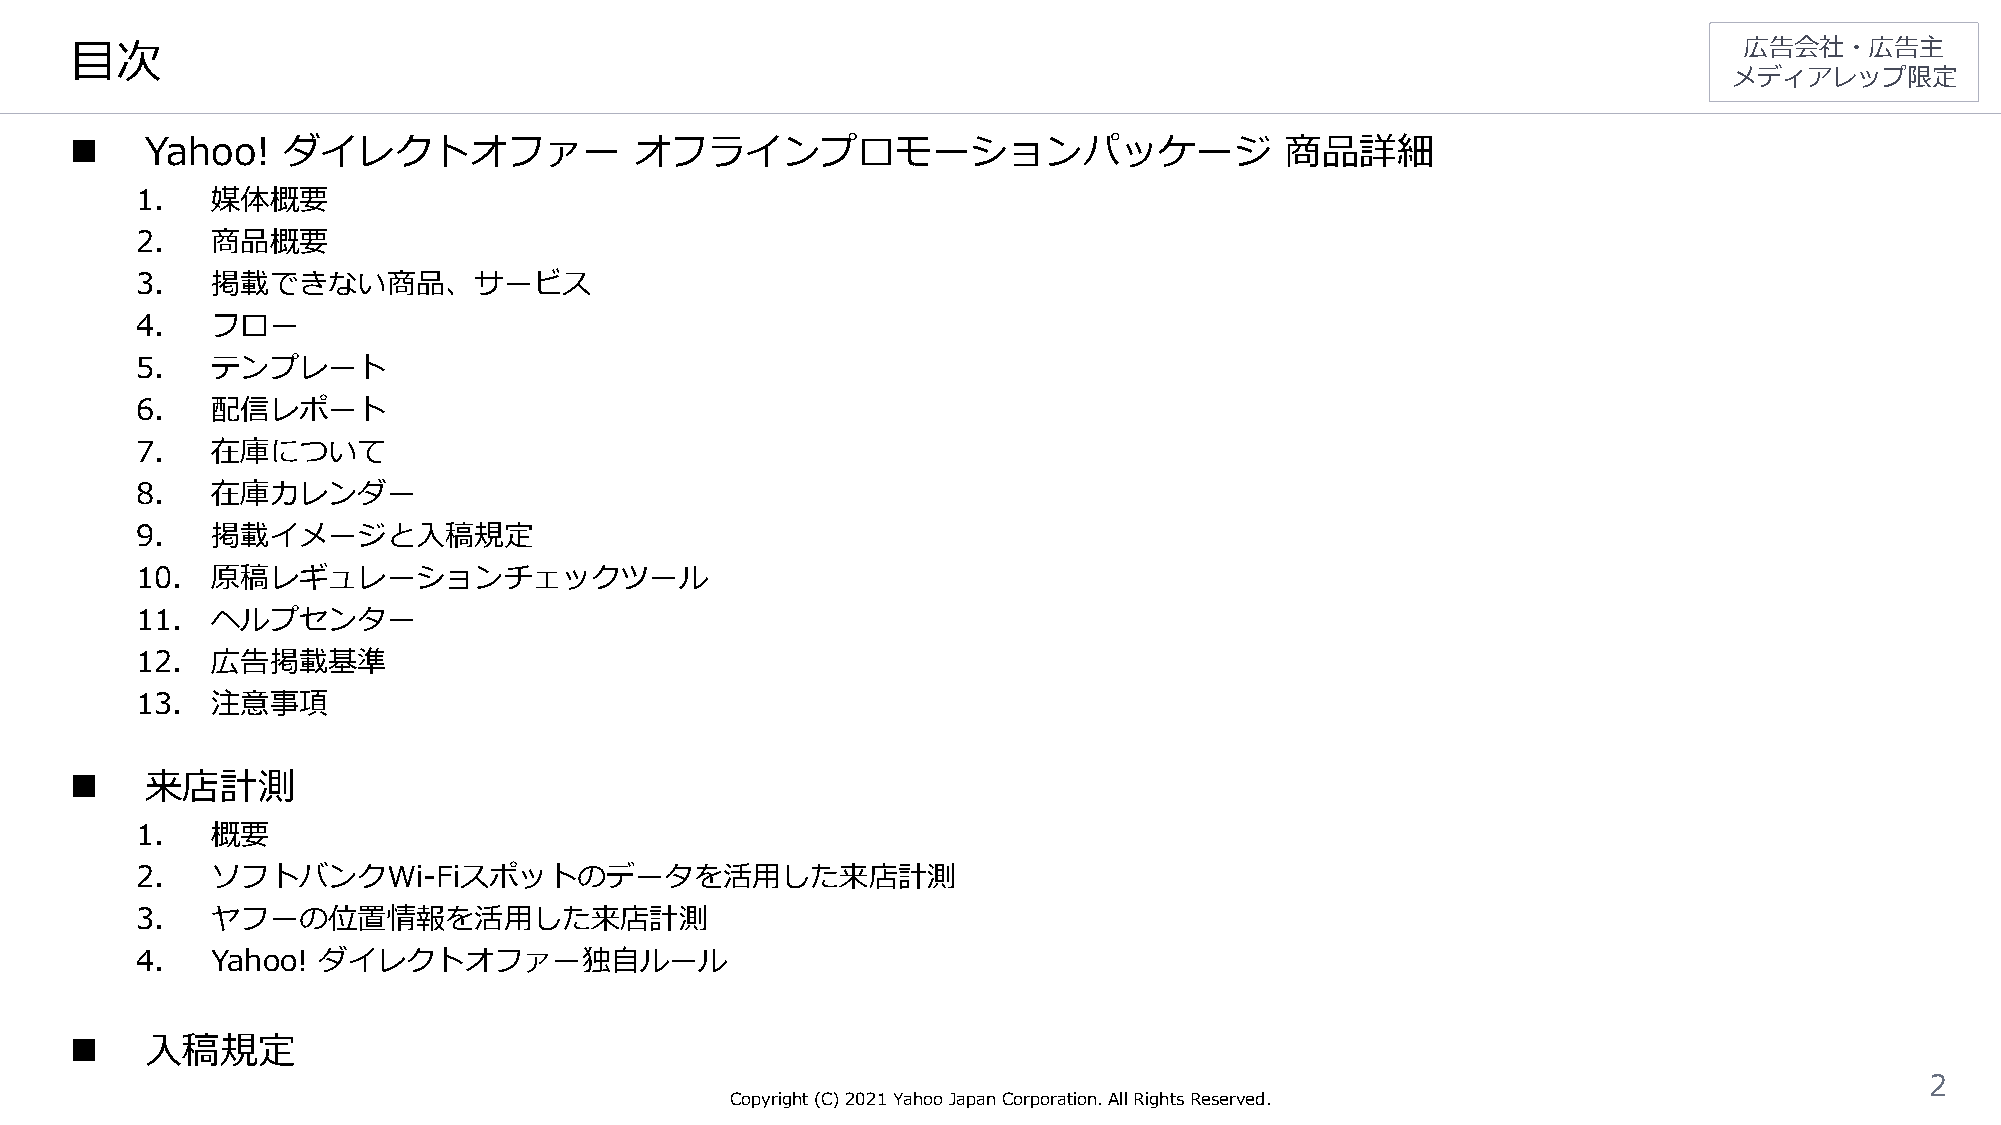
目次                                                                                                            広告会社・広告主
 メディアレップ限定
     Yahoo!   ダイレクトオファー              オフラインプロモーションパッケージ                          商品詳細
 1.   媒体概要
 2.   商品概要
 3.   掲載できない商品、サービス
 4.   フロー
 5.   テンプレート
 6.   配信レポート
 7.   在庫について
 8.   在庫カレンダー
 9.   掲載イメージと入稿規定
 10.  原稿レギュレーションチェックツール
 11.  ヘルプセンター
 12.  広告掲載基準
 13.  注意事項
     来店計測
 1.   概要
 2.   ソフトバンクWi-Fiスポットのデータを活用した来店計測
 3.   ヤフーの位置情報を活用した来店計測
 4.   Yahoo! ダイレクトオファー独自ルール
     入稿規定
 2
 Copyright (C)2021Yahoo Japan Corporation. All Rights Reserved.